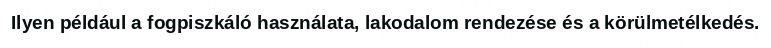
Ilyen például a fogpiszkáló használata, lakodalom rendezése és a körülmetélkedés.